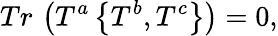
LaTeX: Tr\, \left(T^{a}\left\{ T^{b},T^{c}\right\} \right)=0,